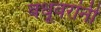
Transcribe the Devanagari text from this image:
वधूवरांनीं